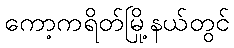
ကော့ကရိတ်မြို့နယ်တွင်